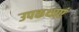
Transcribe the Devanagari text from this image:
उपकथाएं